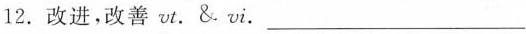
12. 改进，改善 vt. & vi. ___